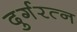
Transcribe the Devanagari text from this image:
दुर्गरत्‍न